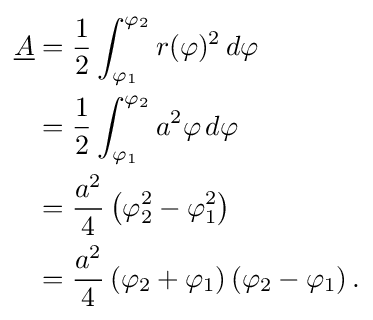
{\begin{aligned}{\underline {A}}&={\frac {1}{2}}\int _{\varphi _{1}}^{\varphi _{2}}r(\varphi )^{2}\,d\varphi \\&={\frac {1}{2}}\int _{\varphi _{1}}^{\varphi _{2}}a^{2}\varphi \,d\varphi \\&={\frac {a^{2}}{4}}\left(\varphi _{2}^{2}-\varphi _{1}^{2}\right)\\&={\frac {a^{2}}{4}}\left(\varphi _{2}+\varphi _{1}\right)\left(\varphi _{2}-\varphi _{1}\right).\end{aligned}}